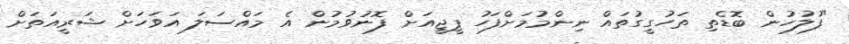
"ފުލުހުން ބޮޑެތި ތަހުގީގުތައް ނިންމުމަށްފަހު ޕީޖީއަށް ފޮނުވުމުން އެ މައްސަލަ އަވަހަށް ޝަރީއަތަށް